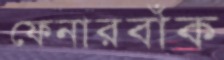
ফেনারবাঁক